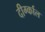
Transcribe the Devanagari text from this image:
दीर्ग्काल